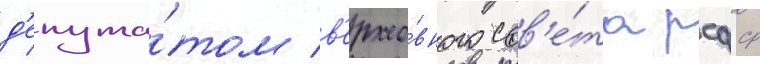
д'епута́том в'ерхо́вного сов'е́та рсфср